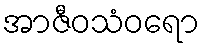
အာဇီဝသံဝရော